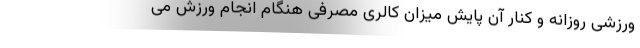
ورزشی روزانه و کنار آن پایش میزان کالری مصرفی هنگام انجام ورزش می